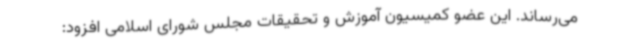
می‌رساند. این عضو کمیسیون آموزش و تحقیقات مجلس شورای اسلامی افزود: